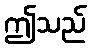
ဤသည်